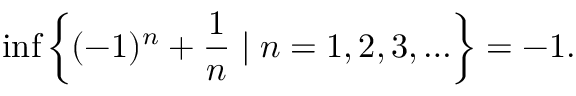
\operatorname* { i n f } \left\{ ( - 1 ) ^ { n } + { \frac { 1 } { n } } \mid n = 1 , 2 , 3 , \ldots \right\} = - 1 .